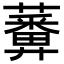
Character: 𧂵